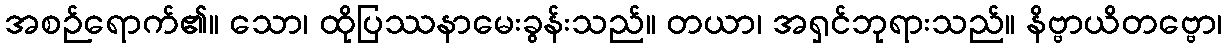
အစဉ်ရောက်၏။ သော၊ ထိုပြဿနာမေးခွန်းသည်။ တယာ၊ အရှင်ဘုရားသည်။ နိဗ္ဗာယိတဗ္ဗော၊